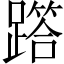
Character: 𨅞